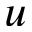
u